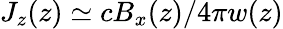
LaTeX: J_{z}(z)\simeq cB_{x}(z)/4\pi w(z)